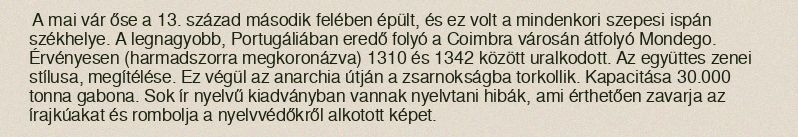
A mai vár őse a 13. század második felében épült, és ez volt a mindenkori szepesi ispán székhelye. A legnagyobb, Portugáliában eredő folyó a Coimbra városán átfolyó Mondego. Érvényesen (harmadszorra megkoronázva) 1310 és 1342 között uralkodott. Az együttes zenei stílusa, megítélése. Ez végül az anarchia útján a zsarnokságba torkollik. Kapacitása 30.000 tonna gabona. Sok ír nyelvű kiadványban vannak nyelvtani hibák, ami érthetően zavarja az írajkúakat és rombolja a nyelvvédőkről alkotott képet.